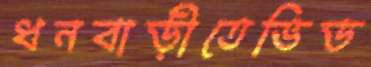
ধনবাড়ীতেভিড